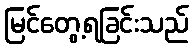
မြင်တွေ့ရခြင်းသည်